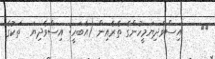
١٣    އިސްވެދިޔަމީހުންގެ ތެރެއިން (އެބަހީ: އިސްވެދިޔަ  ތަކުގެ